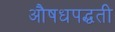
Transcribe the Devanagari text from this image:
औषधपद्धती